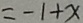
= - 1 + x